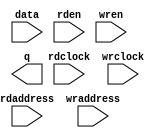
// megafunction wizard: %RAM: 2-PORT%VBB%
// GENERATION: STANDARD
// VERSION: WM1.0
// MODULE: altsyncram 

// ============================================================
// Megafunction Name(s):
// 			altsyncram
//
// Simulation Library Files(s):
// 			altera_mf
// ============================================================
// ************************************************************
// THIS IS A WIZARD-GENERATED FILE. DO NOT EDIT THIS FILE!
//
// 15.0.0 Build 145 04/22/2015 SJ Web Edition
// ************************************************************

//Copyright (C) 1991-2015 Altera Corporation. All rights reserved.
//Your use of Altera Corporation's design tools, logic functions 
//and other software and tools, and its AMPP partner logic 
//functions, and any output files from any of the foregoing 
//(including device programming or simulation files), and any 
//associated documentation or information are expressly subject 
//to the terms and conditions of the Altera Program License 
//Subscription Agreement, the Altera Quartus II License Agreement,
//the Altera MegaCore Function License Agreement, or other 
//applicable license agreement, including, without limitation, 
//that your use is for the sole purpose of programming logic 
//devices manufactured by Altera and sold by Altera or its 
//authorized distributors.  Please refer to the applicable 
//agreement for further details.

module lp_ram_dp (
	data,
	rdaddress,
	rdclock,
	rden,
	wraddress,
	wrclock,
	wren,
	q);

	input	[7:0]  data;
	input	[11:0]  rdaddress;
	input	  rdclock;
	input	  rden;
	input	[11:0]  wraddress;
	input	  wrclock;
	input	  wren;
	output	[7:0]  q;
`ifndef ALTERA_RESERVED_QIS
// synopsys translate_off
`endif
	tri1	  rden;
	tri1	  wrclock;
	tri0	  wren;
`ifndef ALTERA_RESERVED_QIS
// synopsys translate_on
`endif

endmodule

// ============================================================
// CNX file retrieval info
// ============================================================
// Retrieval info: PRIVATE: ADDRESSSTALL_A NUMERIC "0"
// Retrieval info: PRIVATE: ADDRESSSTALL_B NUMERIC "0"
// Retrieval info: PRIVATE: BYTEENA_ACLR_A NUMERIC "0"
// Retrieval info: PRIVATE: BYTEENA_ACLR_B NUMERIC "0"
// Retrieval info: PRIVATE: BYTE_ENABLE_A NUMERIC "0"
// Retrieval info: PRIVATE: BYTE_ENABLE_B NUMERIC "0"
// Retrieval info: PRIVATE: BYTE_SIZE NUMERIC "8"
// Retrieval info: PRIVATE: BlankMemory NUMERIC "1"
// Retrieval info: PRIVATE: CLOCK_ENABLE_INPUT_A NUMERIC "0"
// Retrieval info: PRIVATE: CLOCK_ENABLE_INPUT_B NUMERIC "0"
// Retrieval info: PRIVATE: CLOCK_ENABLE_OUTPUT_A NUMERIC "0"
// Retrieval info: PRIVATE: CLOCK_ENABLE_OUTPUT_B NUMERIC "0"
// Retrieval info: PRIVATE: CLRdata NUMERIC "0"
// Retrieval info: PRIVATE: CLRq NUMERIC "0"
// Retrieval info: PRIVATE: CLRrdaddress NUMERIC "0"
// Retrieval info: PRIVATE: CLRrren NUMERIC "0"
// Retrieval info: PRIVATE: CLRwraddress NUMERIC "0"
// Retrieval info: PRIVATE: CLRwren NUMERIC "0"
// Retrieval info: PRIVATE: Clock NUMERIC "1"
// Retrieval info: PRIVATE: Clock_A NUMERIC "0"
// Retrieval info: PRIVATE: Clock_B NUMERIC "0"
// Retrieval info: PRIVATE: IMPLEMENT_IN_LES NUMERIC "0"
// Retrieval info: PRIVATE: INDATA_ACLR_B NUMERIC "0"
// Retrieval info: PRIVATE: INDATA_REG_B NUMERIC "0"
// Retrieval info: PRIVATE: INIT_FILE_LAYOUT STRING "PORT_B"
// Retrieval info: PRIVATE: INIT_TO_SIM_X NUMERIC "0"
// Retrieval info: PRIVATE: INTENDED_DEVICE_FAMILY STRING "MAX 10"
// Retrieval info: PRIVATE: JTAG_ENABLED NUMERIC "0"
// Retrieval info: PRIVATE: JTAG_ID STRING "NONE"
// Retrieval info: PRIVATE: MAXIMUM_DEPTH NUMERIC "0"
// Retrieval info: PRIVATE: MEMSIZE NUMERIC "32768"
// Retrieval info: PRIVATE: MEM_IN_BITS NUMERIC "0"
// Retrieval info: PRIVATE: MIFfilename STRING ""
// Retrieval info: PRIVATE: OPERATION_MODE NUMERIC "2"
// Retrieval info: PRIVATE: OUTDATA_ACLR_B NUMERIC "0"
// Retrieval info: PRIVATE: OUTDATA_REG_B NUMERIC "1"
// Retrieval info: PRIVATE: RAM_BLOCK_TYPE NUMERIC "0"
// Retrieval info: PRIVATE: READ_DURING_WRITE_MODE_MIXED_PORTS NUMERIC "2"
// Retrieval info: PRIVATE: READ_DURING_WRITE_MODE_PORT_A NUMERIC "3"
// Retrieval info: PRIVATE: READ_DURING_WRITE_MODE_PORT_B NUMERIC "3"
// Retrieval info: PRIVATE: REGdata NUMERIC "1"
// Retrieval info: PRIVATE: REGq NUMERIC "1"
// Retrieval info: PRIVATE: REGrdaddress NUMERIC "1"
// Retrieval info: PRIVATE: REGrren NUMERIC "1"
// Retrieval info: PRIVATE: REGwraddress NUMERIC "1"
// Retrieval info: PRIVATE: REGwren NUMERIC "1"
// Retrieval info: PRIVATE: SYNTH_WRAPPER_GEN_POSTFIX STRING "0"
// Retrieval info: PRIVATE: USE_DIFF_CLKEN NUMERIC "0"
// Retrieval info: PRIVATE: UseDPRAM NUMERIC "1"
// Retrieval info: PRIVATE: VarWidth NUMERIC "0"
// Retrieval info: PRIVATE: WIDTH_READ_A NUMERIC "8"
// Retrieval info: PRIVATE: WIDTH_READ_B NUMERIC "8"
// Retrieval info: PRIVATE: WIDTH_WRITE_A NUMERIC "8"
// Retrieval info: PRIVATE: WIDTH_WRITE_B NUMERIC "8"
// Retrieval info: PRIVATE: WRADDR_ACLR_B NUMERIC "0"
// Retrieval info: PRIVATE: WRADDR_REG_B NUMERIC "0"
// Retrieval info: PRIVATE: WRCTRL_ACLR_B NUMERIC "0"
// Retrieval info: PRIVATE: enable NUMERIC "0"
// Retrieval info: PRIVATE: rden NUMERIC "1"
// Retrieval info: LIBRARY: altera_mf altera_mf.altera_mf_components.all
// Retrieval info: CONSTANT: ADDRESS_ACLR_B STRING "NONE"
// Retrieval info: CONSTANT: ADDRESS_REG_B STRING "CLOCK1"
// Retrieval info: CONSTANT: CLOCK_ENABLE_INPUT_A STRING "BYPASS"
// Retrieval info: CONSTANT: CLOCK_ENABLE_INPUT_B STRING "BYPASS"
// Retrieval info: CONSTANT: CLOCK_ENABLE_OUTPUT_B STRING "BYPASS"
// Retrieval info: CONSTANT: INTENDED_DEVICE_FAMILY STRING "MAX 10"
// Retrieval info: CONSTANT: LPM_TYPE STRING "altsyncram"
// Retrieval info: CONSTANT: NUMWORDS_A NUMERIC "4096"
// Retrieval info: CONSTANT: NUMWORDS_B NUMERIC "4096"
// Retrieval info: CONSTANT: OPERATION_MODE STRING "DUAL_PORT"
// Retrieval info: CONSTANT: OUTDATA_ACLR_B STRING "NONE"
// Retrieval info: CONSTANT: OUTDATA_REG_B STRING "CLOCK1"
// Retrieval info: CONSTANT: POWER_UP_UNINITIALIZED STRING "FALSE"
// Retrieval info: CONSTANT: RDCONTROL_REG_B STRING "CLOCK1"
// Retrieval info: CONSTANT: WIDTHAD_A NUMERIC "12"
// Retrieval info: CONSTANT: WIDTHAD_B NUMERIC "12"
// Retrieval info: CONSTANT: WIDTH_A NUMERIC "8"
// Retrieval info: CONSTANT: WIDTH_B NUMERIC "8"
// Retrieval info: CONSTANT: WIDTH_BYTEENA_A NUMERIC "1"
// Retrieval info: USED_PORT: data 0 0 8 0 INPUT NODEFVAL "data[7..0]"
// Retrieval info: USED_PORT: q 0 0 8 0 OUTPUT NODEFVAL "q[7..0]"
// Retrieval info: USED_PORT: rdaddress 0 0 12 0 INPUT NODEFVAL "rdaddress[11..0]"
// Retrieval info: USED_PORT: rdclock 0 0 0 0 INPUT NODEFVAL "rdclock"
// Retrieval info: USED_PORT: rden 0 0 0 0 INPUT VCC "rden"
// Retrieval info: USED_PORT: wraddress 0 0 12 0 INPUT NODEFVAL "wraddress[11..0]"
// Retrieval info: USED_PORT: wrclock 0 0 0 0 INPUT VCC "wrclock"
// Retrieval info: USED_PORT: wren 0 0 0 0 INPUT GND "wren"
// Retrieval info: CONNECT: @address_a 0 0 12 0 wraddress 0 0 12 0
// Retrieval info: CONNECT: @address_b 0 0 12 0 rdaddress 0 0 12 0
// Retrieval info: CONNECT: @clock0 0 0 0 0 wrclock 0 0 0 0
// Retrieval info: CONNECT: @clock1 0 0 0 0 rdclock 0 0 0 0
// Retrieval info: CONNECT: @data_a 0 0 8 0 data 0 0 8 0
// Retrieval info: CONNECT: @rden_b 0 0 0 0 rden 0 0 0 0
// Retrieval info: CONNECT: @wren_a 0 0 0 0 wren 0 0 0 0
// Retrieval info: CONNECT: q 0 0 8 0 @q_b 0 0 8 0
// Retrieval info: GEN_FILE: TYPE_NORMAL lp_ram_dp.v TRUE
// Retrieval info: GEN_FILE: TYPE_NORMAL lp_ram_dp.inc FALSE
// Retrieval info: GEN_FILE: TYPE_NORMAL lp_ram_dp.cmp FALSE
// Retrieval info: GEN_FILE: TYPE_NORMAL lp_ram_dp.bsf TRUE
// Retrieval info: GEN_FILE: TYPE_NORMAL lp_ram_dp_inst.v FALSE
// Retrieval info: GEN_FILE: TYPE_NORMAL lp_ram_dp_bb.v TRUE
// Retrieval info: LIB_FILE: altera_mf